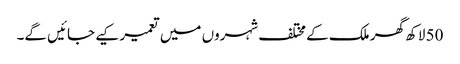
50 لاکھ گھر ملک کے مختلف شہروں میں تعمیر کیے جائیں گے۔